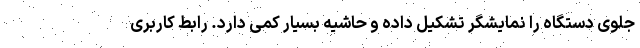
جلوی دستگاه را نمایشگر تشکیل داده و حاشیه بسیار کمی دارد. رابط کاربری